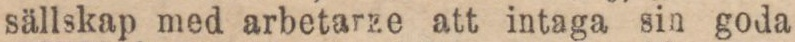
sällskap med arbetarze att intaga sin goda